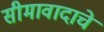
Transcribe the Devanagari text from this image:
सीमावादाचे